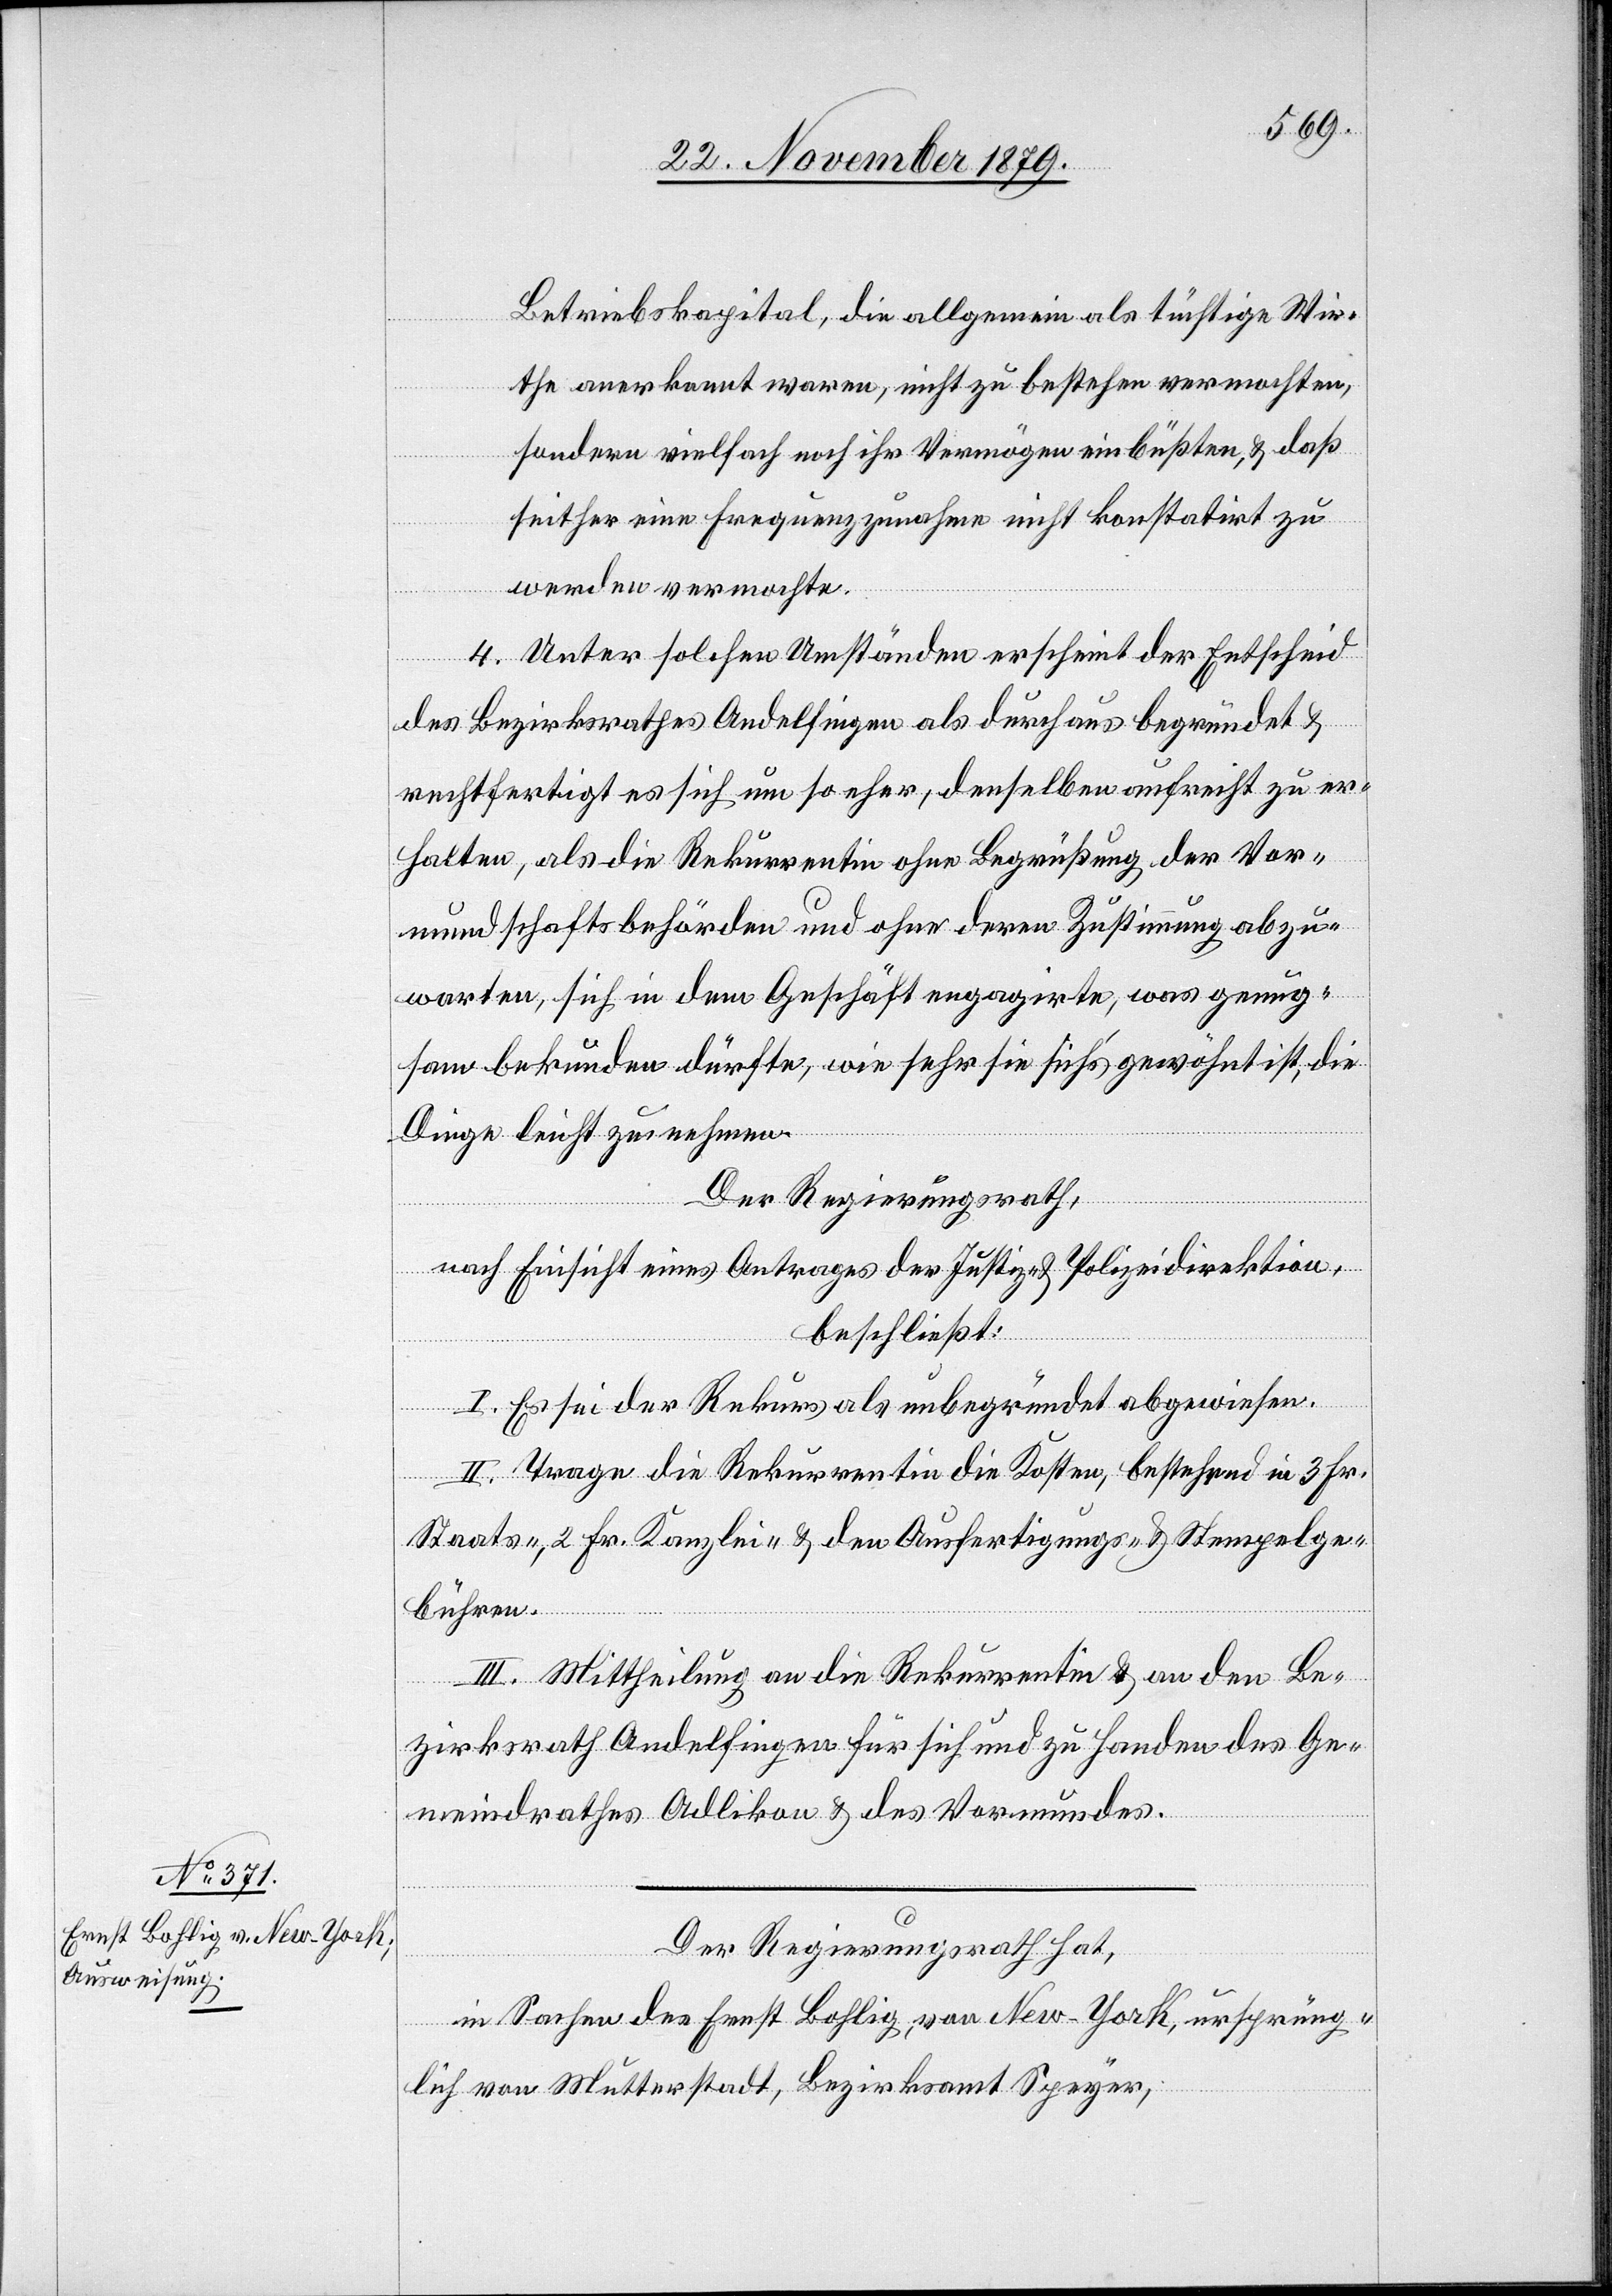
Der Regierungsrath hat,
in Sachen des Ernst Bohlig, von New-York, ursprüng¬
lich von Mutterstadt, Bezirksamt Speyer,